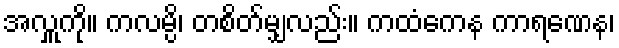
အလှူကို။ ကလမ္ပိ၊ တစိတ်မျှလည်း။ ကထံကေန ကာရဏေန၊